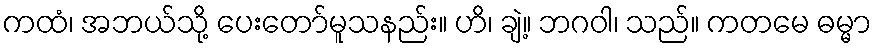
ကထံ၊ အဘယ်သို့ ပေးတော်မူသနည်း။ ဟိ၊ ချဲ့။ ဘဂဝါ၊ သည်။ ကတမေ ဓမ္မာ